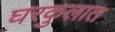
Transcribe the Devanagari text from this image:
घरकुलात